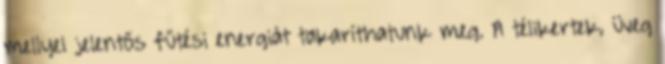
mellyel jelentős fűtési energiát takaríthatunk meg. A télikertek, üveg